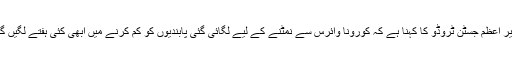
وزیر اعظم جسٹن ٹروڈو کا کہنا ہے کہ کورونا وائرس سے نمٹنے کے لیے لگائی گئی پابندیوں کو کم کرنے میں ابھی کئی ہفتے لگیں گے۔